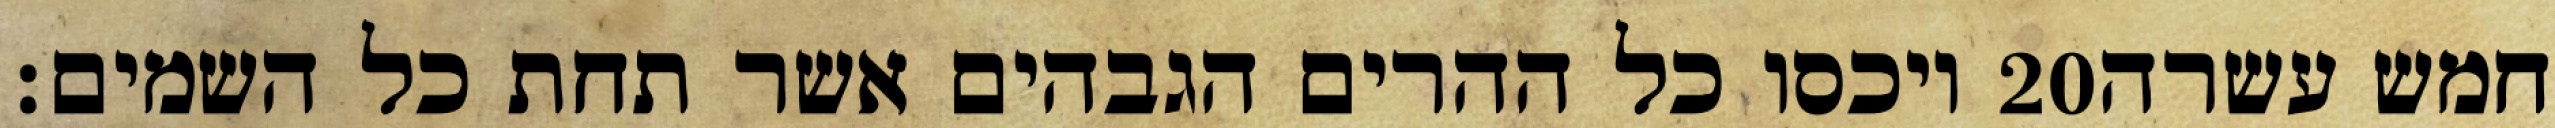
ויכסו כל ההרים הגבהים אשר תחת כל השמים׃ ‎20‏ חמש עשרה